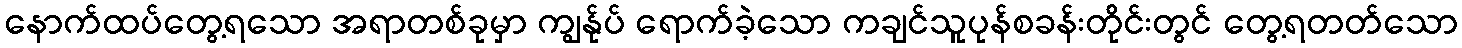
နောက်ထပ်တွေ့ရသော အရာတစ်ခုမှာ ကျွန်ုပ် ရောက်ခဲ့သော ကချင်သူပုန်စခန်းတိုင်းတွင် တွေ့ရတတ်သော